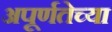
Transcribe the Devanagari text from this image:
अपूर्णतेच्या